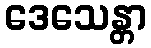
ဒေသေန္တာ